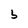
Character: b